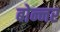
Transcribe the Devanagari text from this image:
बोन्नर